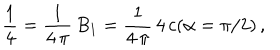
\frac { 1 } { 4 } = \frac { 1 } { 4 \, \pi } \, B _ { 1 } = \frac { 1 } { 4 \, \pi } \, 4 \, c ( \alpha = \pi / 2 ) \, { , }